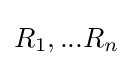
R_{1},...R_{n}